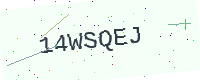
Text: 14WSQEJ